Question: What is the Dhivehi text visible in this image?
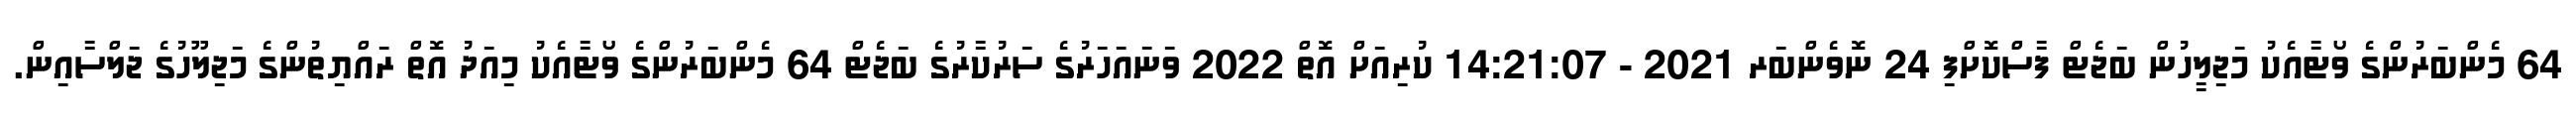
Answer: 64 މެންބަރުންގެ ވޯޓާއެކު މަޖިލީހުން ބަޖެޓް ފާސްކޮށްފި 24 ނޮވެންބަރ 2021 - 14:21:07 ކުރިއަށް އޮތް 2022 ވަނައަހަރުގެ ސަރުކާރުގެ ބަޖެޓް 64 މެންބަރުންގެ ވޯޓާއެކު މިއަދު އޮތް ރައްޔިތުންގެ މަޖިލޫހުގެ ޖަލްސާއިން.